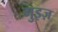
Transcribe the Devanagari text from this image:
गुइज़